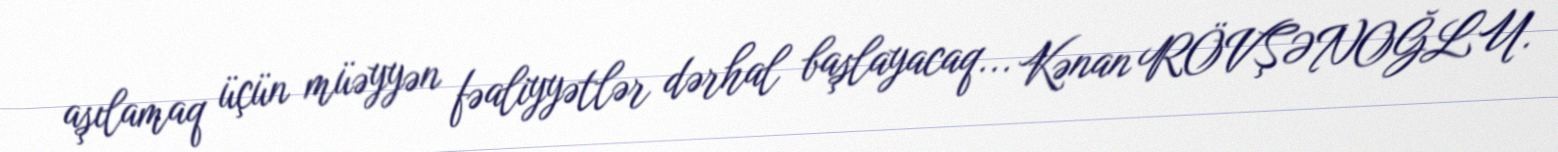
aşılamaq üçün müəyyən fəaliyyətlər dərhal başlayacaq... Kənan RÖVŞƏNOĞLU.